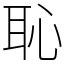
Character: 恥